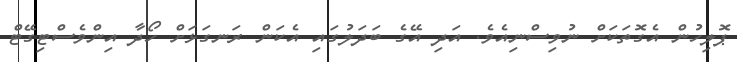
ޕޮލިހުން އެގޮތަކަށް ނުވިސްނިއެވެ. އަދި އޭގެ ބަދަލުގައި އެކަން ރަނގަޅަށް ހޯދާ އިންވެސްޓިގޭޓް